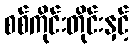
စစ်ကိုင်းတိုင်းနှင့်